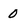
Character: 0